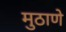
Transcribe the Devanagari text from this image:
मुठाणे